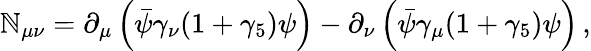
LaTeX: \mathbb{N}_{\mu\nu}=\partial_{\mu}\left(\bar{{\psi}}\gamma_{\nu}(1+\gamma_{5})\psi\right)-\partial_{\nu}\left(\bar{{\psi}}\gamma_{\mu}(1+\gamma_{5})\psi\right)\, ,